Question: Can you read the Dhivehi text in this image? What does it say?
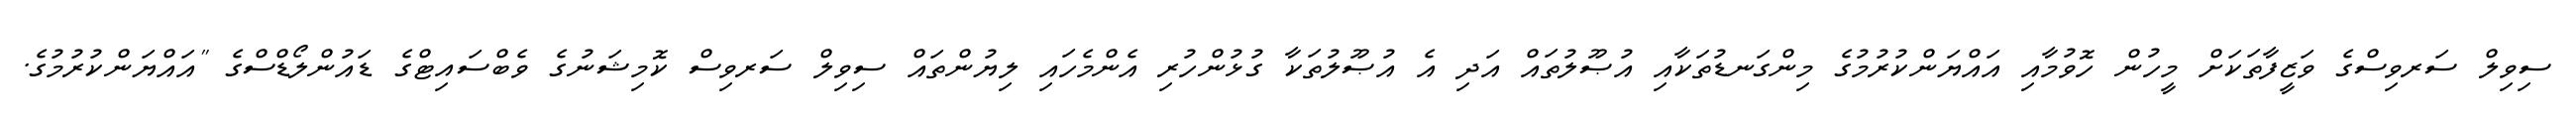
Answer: ސިވިލް ސަރވިސްގެ ވަޒީފާތަކަށް މީހުން ހޮވުމާއި އައްޔަންކުރުމުގެ މިންގަނޑުތަކާއި އުޞޫލުތައް އަދި އެ އުޞޫލުތަކާ ގުޅުންހުރި އެންމެހައި ލިޔުންތައް ސިވިލް ސަރވިސް ކޮމިޝަނުގެ ވެބްސައިޓްގެ ޑައުންލޯޑްސްގެ "އައްޔަންކުރުމުގެ.